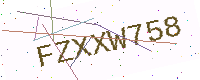
Text: FZXXW758